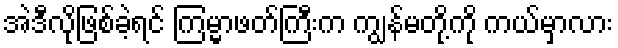
အဲဒီလိုဖြစ်ခဲ့ရင် ကြမ္မာဖတ်ကြီးက ကျွန်မတို့ကို ကယ်မှာလား